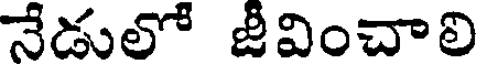
నేడులో జీవించాలి